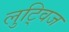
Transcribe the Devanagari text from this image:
लुट्विज